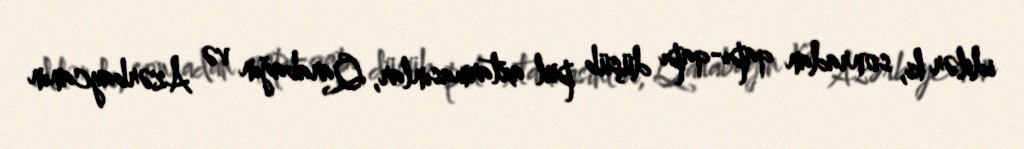
idilər ki, sonradan qapı-qapı düşüb pul axtarmasınlar, Qarabağın və Azərbaycanın